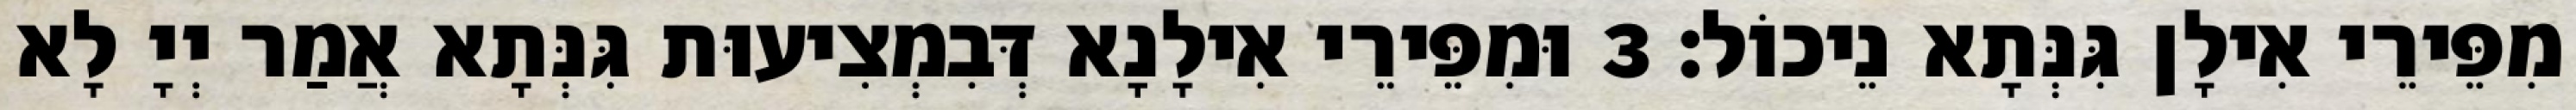
מִפֵּירֵי אִילָן גִּנְּתָא נֵיכוֹל׃ 3 וּמִפֵּירֵי אִילָנָא דְּבִמְצִיעוּת גִּנְּתָא אֲמַר יְיָ לָא